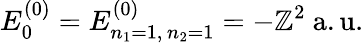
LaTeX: E_{0}^{(0)}=E_{n_{1}=1,\, n_{2}=1}^{(0)}=-\mathbb{Z}^{2}{\mathrm{{~a.u.}}}